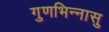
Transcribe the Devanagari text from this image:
गुणभिन्नासु